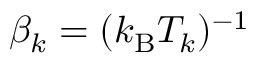
\beta _ { k } = ( k _ { \mathrm { B } } T _ { k } ) ^ { - 1 }